Annual report on the working of the lock hospitals in the Central Provinces
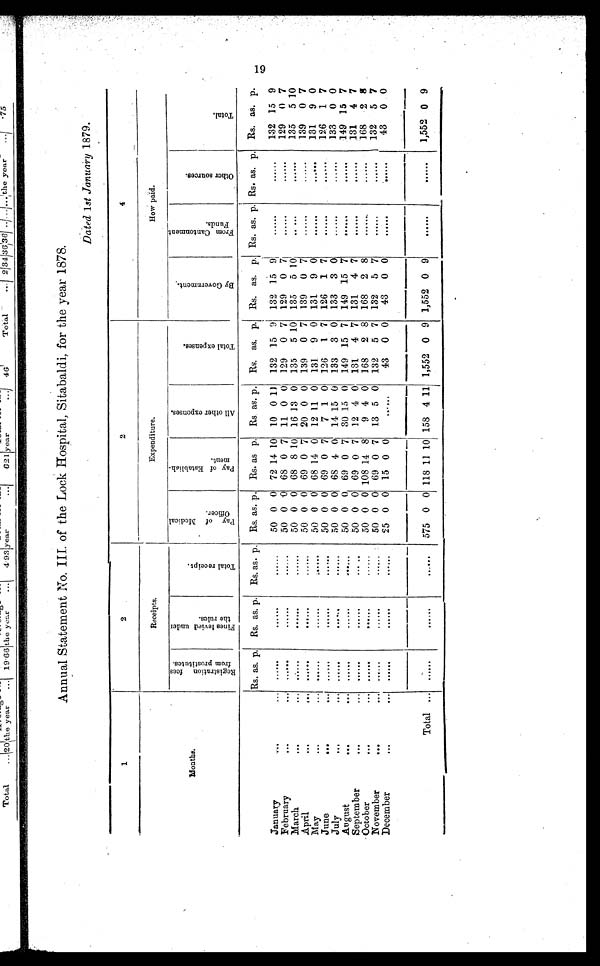
Annual Statement No. III. of the Lock Hospital, Sitabaldi, for the year 1878.
Dated 1st January 1879.
1
2
2
4
Months.
Receipts.
Expenditure.
How paid.
R e g i s t r a t i o n f e e s f r o m p r o s t i t u t e s .
F i n e s l e v i e d u n d e r t h e r u l e s .
T o t a l r e c e i p t .
P a y o f M e d i c a l O f f i c e r .
P a y o f E s t a b l i s h -
m e n t .
A l l o t h e r e x p e n s e s .
T o t a l e x p e n s e s .
B y G o v e r n m e n t .
F r o m C a n t o n m e n t F u n d s .
O t h e r s o u r c e s .
T o t a l .
Rs. as p
Rs. as. p.
Rs. as. p.
Rs. as. p.
Rs. as. p.
Rs. as. p.
Rs. as. p.
Rs. as. p. Rs. as. p. Rs. as. p.
Rs. as. p.
January
...
......
......
......
50 0 0
72 14 10
10 0 11
132 15 9
132 15 9
......
......
132 15 9
February
•••
•••
...... ......
......
50 0 0
68 0 7
11 0 0
129
0 7
129
0 7 ......
......
129
0 7
March
..•
. . . . . . ......
......
50 0 0
68 8 10
16 13 0
135
5 10
135
5 10
......
......
135
5 10
April
••.
...... ......
......
50 0 0
69 0 7
20 0 0
139
0 7
139
0 7
...... ......
139
0 7
May
•••
•••
......
......
......
50 0 0
68 14 0
12 11 0
131
9 0
131
9 0
......
......
131
9 0
June
••.
.
......
...... ......
50 0 0
69 0 7
7 1 0
126
1
7
126
1 7
...... ......
126
1 7
July
•.
•••
•
......
. . . . . .
......
50 0 0
68 4 0
14 15 0
133
3 0
133
3 0
......
. . . . . .
133
0 0
August
...
•
......
......
. . . . . .
50 0 0
69 0 7
30 15 0
149 15 7
149 15 7
...... ......
149 15 7
September
•••
......
...... ......
50 0 0
69 0 7
12 4 0
131
4 7
131
4 7
...... ......
131
4 7
October
•••
......
. . . . . .
......
50 0 0 108 14 8
9 4 0
168
2 8
168
2 8
...... ......
168
2 8
November
•••
......
...... ......
50 0 0
69 0 7
13 5 0
132
5 7
132
5 7
...... ......
132
5 7
December
•••
. . . . . .
. . . . . .
......
25 0 0
15 0 0
......
43
0 0
43
0 0
...... ......
43
0 0
Total .
...... ......
. . . . . .
575 0 0 118 11 10 158 4 11 1,552 0 9 1,552 0
9 ......
......
1,552 0 9